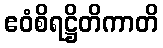
ဧဝံစိရဋ္ဌိတိကာတိ